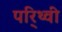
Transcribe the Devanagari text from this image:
पर्िथ्वी